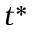
t ^ { * }